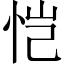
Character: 恺